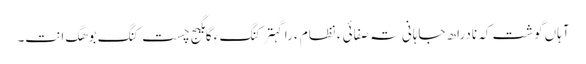
آہاں گوشت کہ نادراھ جاہانی تہ صفائی ءِ نظام ءَ را گہتر کنگ ءِ گامگیج چست کنگ بوھگ انت۔